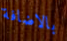
بالاضافة